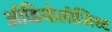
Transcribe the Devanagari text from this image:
ऑडियोलॉजिस्ट